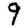
Digit: 9